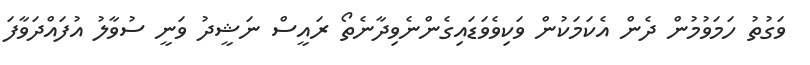
ވަގުތު ހަމަވުމުން ދެން އެކަމަކުން ވަކިވެވަޑައިގެންނެވިދާނެތޯ ރައީސް ނަޝީދު ވަނީ ސުވާލު އުފައްދަވާފަ